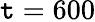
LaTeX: \mathtt{t}=600